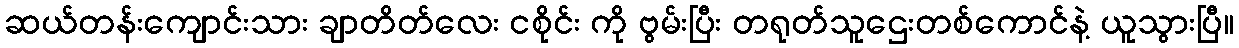
ဆယ်တန်းကျောင်းသား ချာတိတ်လေး ငစိုင်း ကို ဗွမ်းပြီး တရုတ်သူဌေးတစ်ကောင်နဲ့ ယူသွားပြီ။